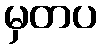
မှတပ